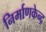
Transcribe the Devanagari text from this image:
निर्माणकेन्द्र